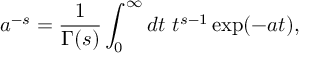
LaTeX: a ^ { - s } = \frac { 1 } { \Gamma ( s ) } \int _ { 0 } ^ { \infty } d t \ t ^ { s - 1 } \exp ( - a t ) ,